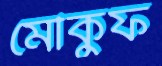
মৌকুফ